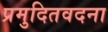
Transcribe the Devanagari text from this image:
प्रमुदितवदना